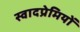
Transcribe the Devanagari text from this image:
स्वादप्रेमियों